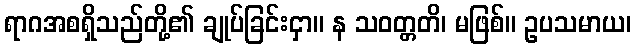
ရာဂအစရှိသည်တို့၏ ချုပ်ခြင်းငှာ။ န သဝတ္တတိ၊ မဖြစ်။ ဥပသမာယ၊